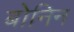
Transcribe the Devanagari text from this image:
बोनिन